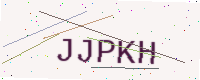
Text: JJPKH